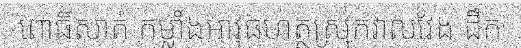
ពោធិ៍សាត់ កម្លាំងអាវុធហត្ថស្រុកវាលវែង ដឹក